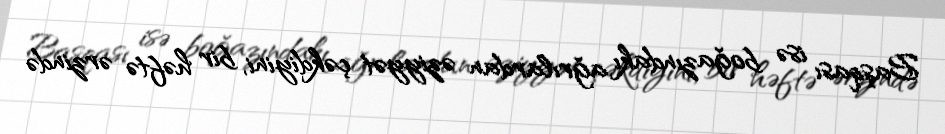
Başqası isə boğazındakı ağrılardan əziyyət çəkdiyini, bir həftə ərzində